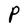
Character: P